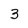
Character: 3